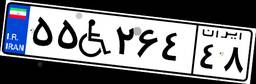
۲۲W۱۷۵۹۶